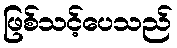
ဖြစ်သင့်ပေသည်